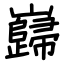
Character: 巋